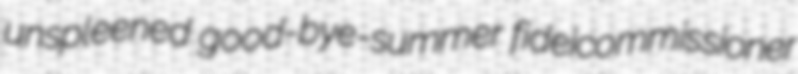
unspleened good-bye-summer fideicommissioner